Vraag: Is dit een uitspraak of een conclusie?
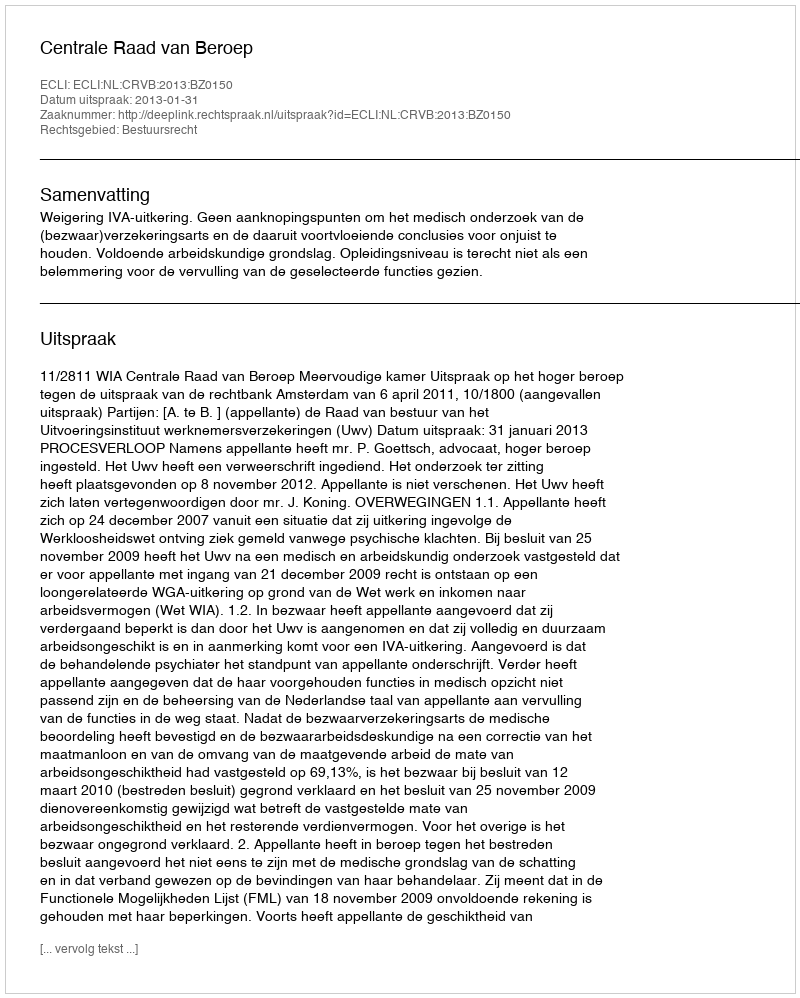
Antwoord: Uitspraak